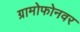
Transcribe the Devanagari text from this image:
ग्रामोफोनवर